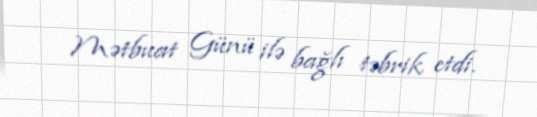
Mətbuat Günü ilə bağlı təbrik etdi.